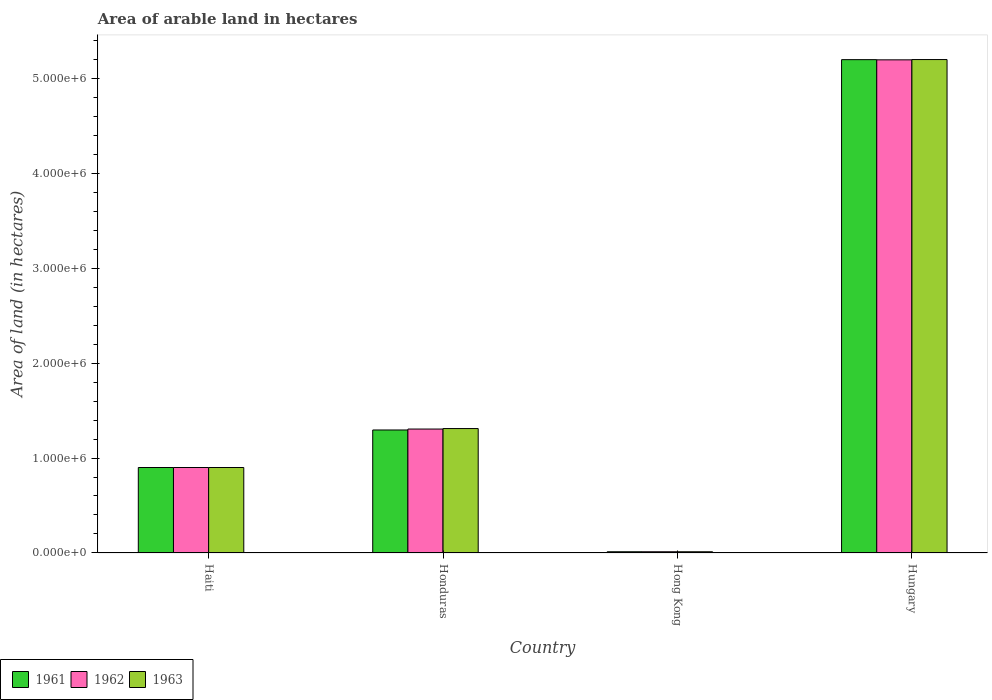
| Country | 1961 | 1962 | 1963 |
 | --- | --- | --- | --- |
 | Haiti | 9e+05 | 9e+05 | 9e+05 |
 | Honduras | 1.3e+06 | 1.30e+06 | 1.31e+06 |
 | Hong Kong | 1.3e+04 | 1.3e+04 | 1.3e+04 |
 | Hungary | 5.19e+06 | 5.19e+06 | 5.2e+06 |